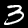
Label: 3